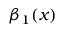
\beta _ { 1 } ( x )